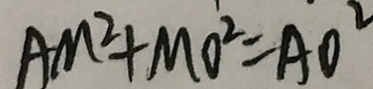
A M ^ { 2 } + M O ^ { 2 } = A O ^ { 2 }